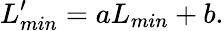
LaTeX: L_{min}^{\prime}=aL_{min}+b.